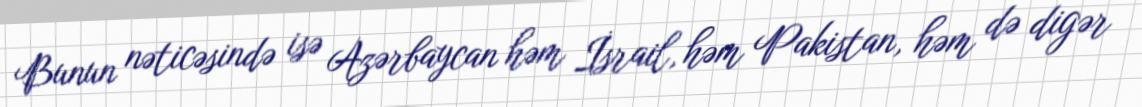
Bunun nəticəsində isə Azərbaycan həm İsrail, həm Pakistan, həm də digər